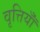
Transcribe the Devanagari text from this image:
वृत्तियॉँ